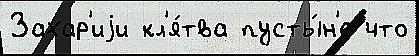
Захар'иjи кл'я́тва пусты́н'е что